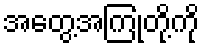
အတွေ့အကြုံတို့ကို